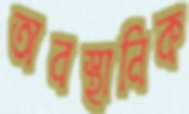
অবস্থানিক